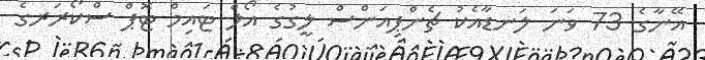
އޭނާގެ 73 ވަނަ ލަނޑާއެކު ޗެންޕިއަންސް ލީގުގެ އޯލް ޓައިމް ޓޮޕް ސްކޯރަރގެ